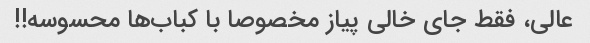
عالی، فقط جای خالی پیاز مخصوصا با کباب‌ها محسوسه!!